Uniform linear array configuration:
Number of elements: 16
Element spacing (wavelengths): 0.75
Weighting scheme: cosine
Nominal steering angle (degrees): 0
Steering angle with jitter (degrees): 0.11
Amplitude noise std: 0.05
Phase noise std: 0.05

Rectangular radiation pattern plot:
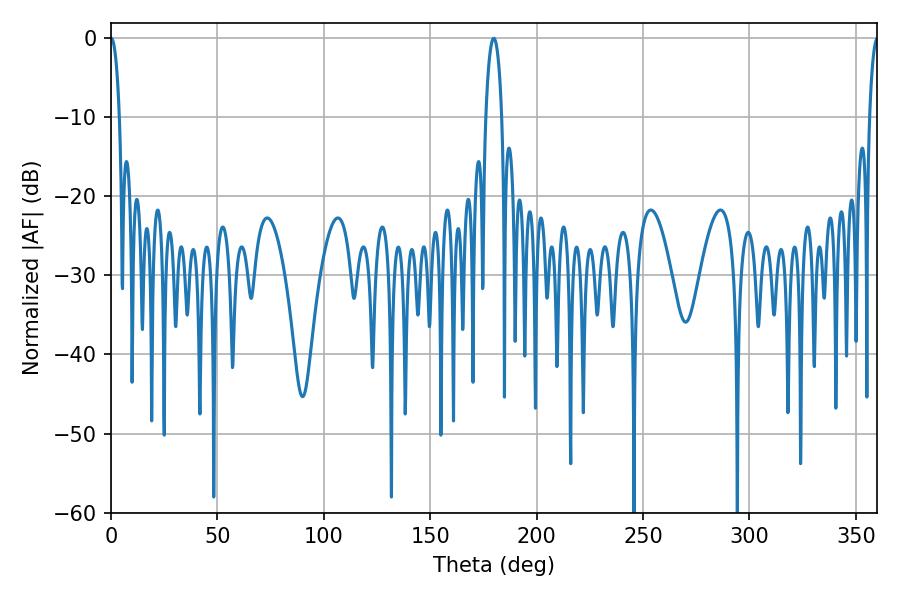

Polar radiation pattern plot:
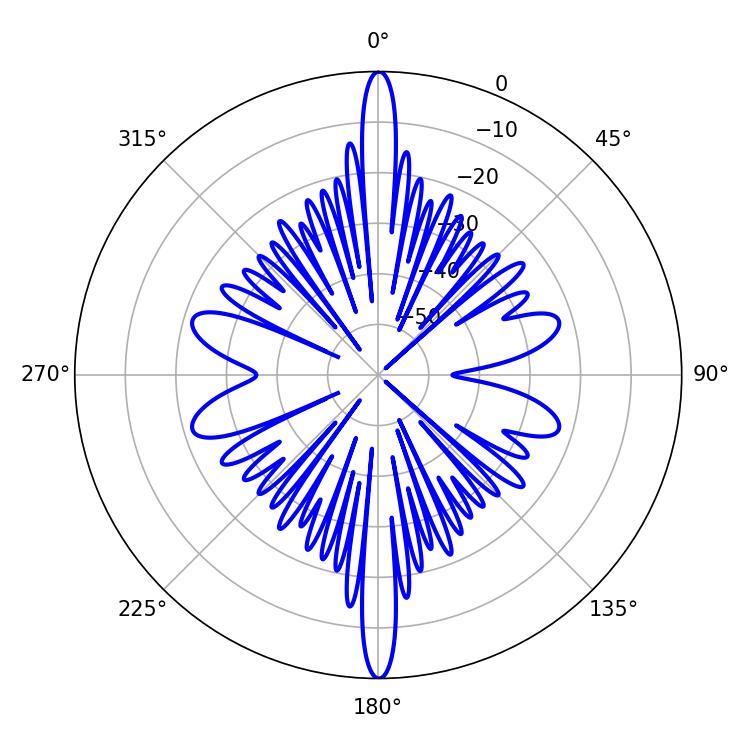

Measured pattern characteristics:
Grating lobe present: TRUE
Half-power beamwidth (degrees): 2.34
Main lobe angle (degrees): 0.18